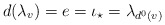
\begin{align*}d(\lambda_v) = e = \iota_{\star} = \lambda_{d^0(v)} \end{align*}